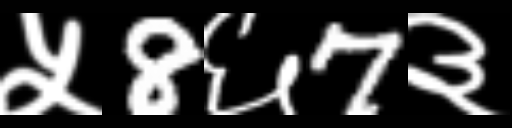
Text: ५8६7३